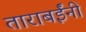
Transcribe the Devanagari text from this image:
ताराबईंनी